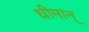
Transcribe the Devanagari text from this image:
धीमान्‌